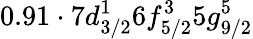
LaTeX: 0.91\cdot 7d_{3/2}^{1}6f_{5/2}^{3}5g_{9/2}^{5}